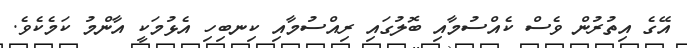
އޭގެ އިތުރުން ވެސް ކެއްސުމާއި ބޮލުގައި ރިއްސުމާއި ކިނބިހި އެޅުމަކީ އާންމު ކަމެކެވެ.